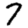
Digit: 7